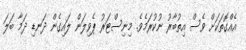
އެއްގޮތަކަށް ވެސް އިތުބާރު ނުކުރަމެވެ. މިނިސްޓަރު ޕެވިލަން ލައިގެން ދަނޑި ދަމާ ބަލަ